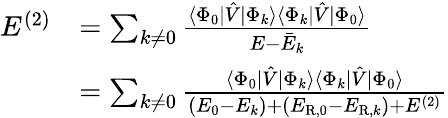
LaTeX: \begin{array}{rl}{E^{(2)}}&{=\sum_{k\neq 0}\frac{\langle\Phi_{0}|\hat{V}|\Phi_{k}\rangle\langle\Phi_{k}|\hat{V}|\Phi_{0}\rangle}{E-\bar{E}_{k}}}\\ &{=\sum_{k\neq 0}\frac{\langle\Phi_{0}|\hat{V}|\Phi_{k}\rangle\langle\Phi_{k}|\hat{V}|\Phi_{0}\rangle}{(E_{0}-E_{k})+(E_{\mathrm{R},0}-E_{\mathrm{R},k})+E^{(2)}}}\end{array}